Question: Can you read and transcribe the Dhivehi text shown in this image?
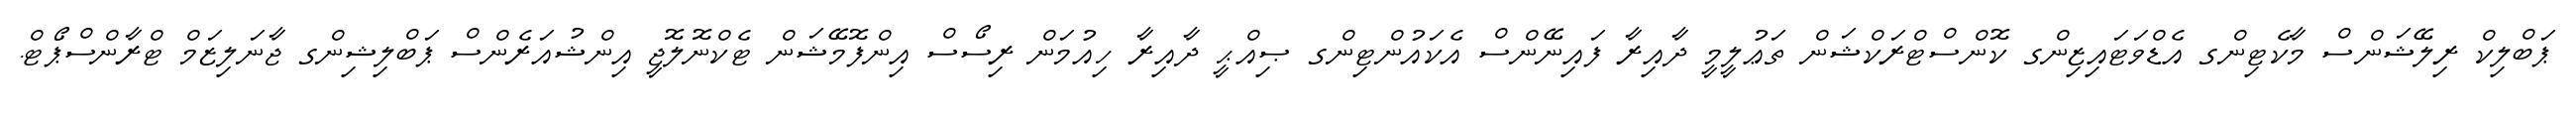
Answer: ޕަބްލިކް ރިލޭޝަންސް މާކެޓިންގ އެޑްވަޓައިޒިންގ ކޮންސްޓްރަކްޝަން ތަޢުލީމީ ދާއިރާ ފައިނޭންސް އެކައުންޓިންގ ޞިއްޙީ ދާއިރާ ހިއުމަން ރިސޯސް އިންފޮމޭޝަން ޓެކްނޮލޮޖީ އިންޝުއަރެންސް ޕަބްލިޝިންގ ޖާނަލިޒަމް ޓްރާންސްޕޯޓް.